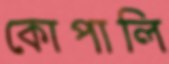
কোপালি